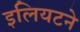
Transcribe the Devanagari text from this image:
इलियटने